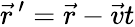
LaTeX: {\vec{r}}\, ^{\prime}={\vec{r}}-{\vec{v}}t